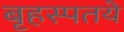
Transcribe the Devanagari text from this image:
बृहस्पतये